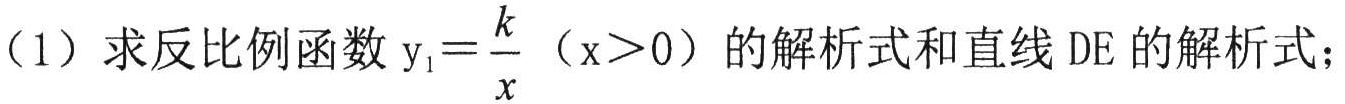
（1）求反比例函数 \(y_{1}=\frac{k}{x}\)（\(x > 0\)）的解析式和直线 \(DE\) 的解析式；